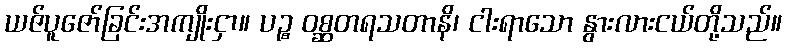
ယဇ်ပူဇော်ခြင်းအကျိုးငှာ။ ပဉ္စ ဝစ္ဆတရသတာနိ၊ ငါးရာသော နွားလားငယ်တို့သည်။